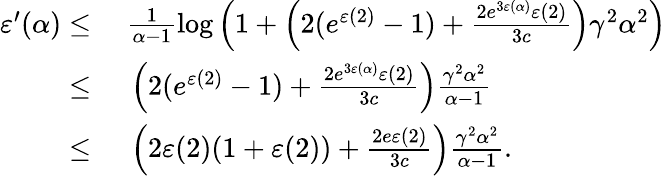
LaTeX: \begin{array}{rl}{\varepsilon^{\prime}(\alpha)\leq}&{\ \frac{1}{\alpha-1}\log\left(1+\left(2(e^{\varepsilon(2)}-1)+\frac{2e^{3\varepsilon(\alpha)}\varepsilon(2)}{3c}\right)\gamma^{2}\alpha^{2}\right)}\\ {\leq}&{\ \left(2(e^{\varepsilon(2)}-1)+\frac{2e^{3\varepsilon(\alpha)}\varepsilon(2)}{3c}\right)\frac{\gamma^{2}\alpha^{2}}{\alpha-1}}\\ {\leq}&{\ \left(2\varepsilon(2)(1+\varepsilon(2))+\frac{2e\varepsilon(2)}{3c}\right)\frac{\gamma^{2}\alpha^{2}}{\alpha-1}.}\end{array}